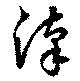
漢